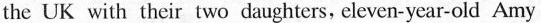
the UK with their two daughters, eleven-ycar-old Amy